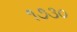
૧૭૩૦